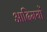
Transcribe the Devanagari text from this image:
आदिमयों